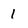
Character: 1